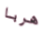
هربا